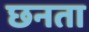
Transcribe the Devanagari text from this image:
छनता